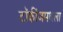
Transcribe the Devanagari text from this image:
टॉकींजमधला